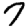
Digit: 7